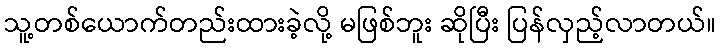
သူ့တစ်ယောက်တည်းထားခဲ့လို့ မဖြစ်ဘူး ဆိုပြီး ပြန်လှည့်လာတယ်။